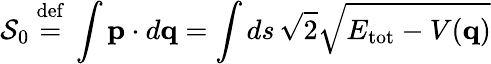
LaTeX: {\mathcal{S}}_{0}\ {\stackrel{\mathrm{def}}{=}}\ \int\mathbf{p}\cdot d\mathbf{q}=\int ds\, {\sqrt{2}}{\sqrt{E_{\mathrm{tot}}-V(\mathbf{q})}}